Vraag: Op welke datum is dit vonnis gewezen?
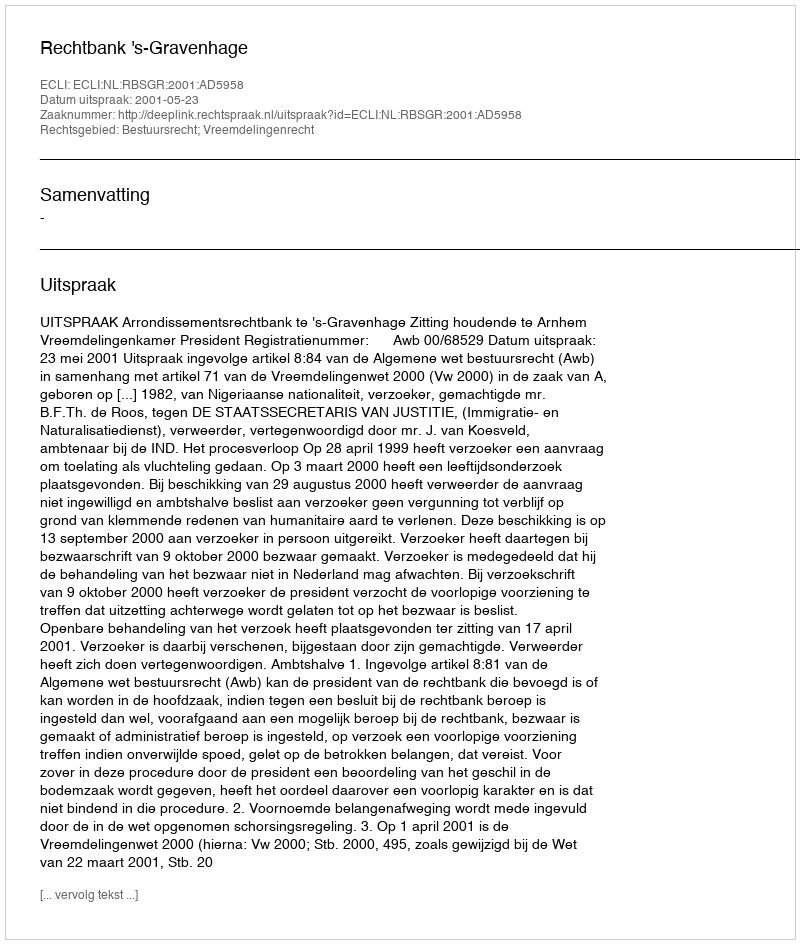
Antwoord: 2001-05-23